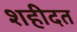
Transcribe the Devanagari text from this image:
शहीदत